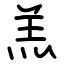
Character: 羔